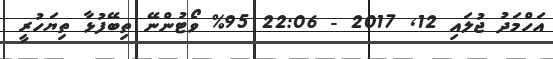
އަހްމަދު ޖުލައި 12